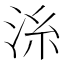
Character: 𣴍